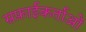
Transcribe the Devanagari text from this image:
सफ़ाईकर्ताओं